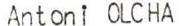
Antoni OLCHA